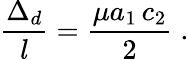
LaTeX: \frac{\Delta_{d}}{l}=\frac{\mu a_{1}\, c_{2}}{2}\; .